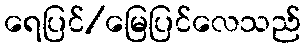
ရေပြင်/မြေပြင်လေသည်